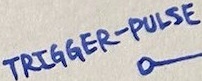
Text: TRIGGER-PULSE